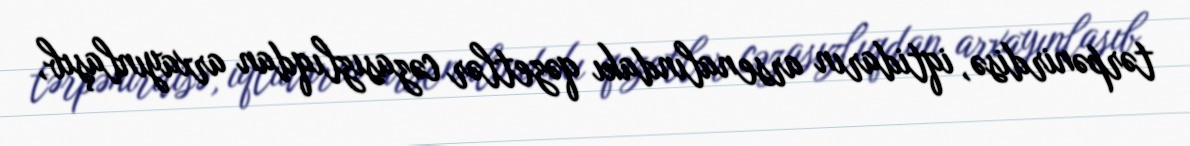
tərpənirdisə, iqtidarın arsenalındakı qəzetlər cəzasızlıqdan arxayınlaşıb,